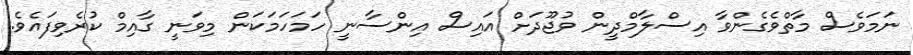
ނަމަވެސް މާތްވެގެންވާ އިސްލާމްދީން ވުޖޫދަށް އައިސް އިންސާނީ ހަމަހަމަކަން މިވަނީ ގާއިމް ކުރެވިފައެވެ.